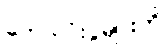
ဘောလုံးပွဲများကို